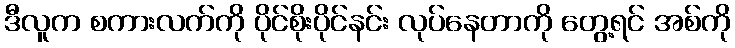
ဒီလူက စကားလက်ကို ပိုင်စိုးပိုင်နင်း လုပ်နေတာကို တွေ့ရင် အစ်ကို